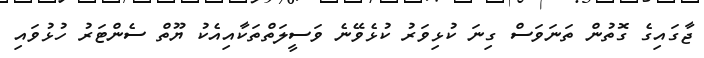
ޖާގައިގެ ގޮތުން ތަނަވަސް ގިނަ ކުޅިވަރު ކުޅެވޭނެ ވަސީލަތްތަކާއިއެކު ޔޫތް ސެންޓަރު ހުޅުވައި